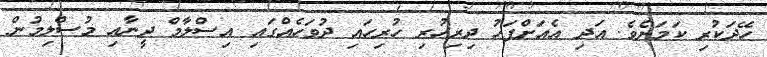
ހޭދަކުރި ކަމަށެވެ. އަދި އެއަށްފަހު ދިރިހުރި ހުރިހައި ދުވަހެއްގައި އިސްލާމް ދީނާއި މުސްލިމުން